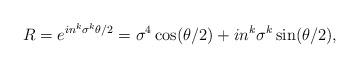
LaTeX: \begin{align*}R = e^{i n^{k} \sigma^{k} \theta/2} = \sigma^{4} \cos (\theta/2) + i n^{k} \sigma^{k} \sin (\theta/2),\end{align*}